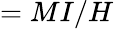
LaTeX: =MI/H